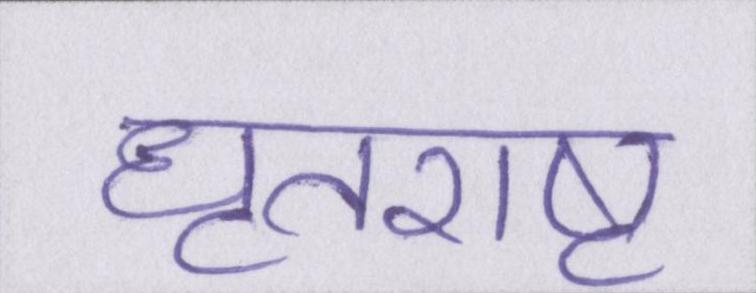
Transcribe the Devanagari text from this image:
धृतराष्ट्र